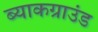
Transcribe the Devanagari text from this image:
ब्याकग्राउंड